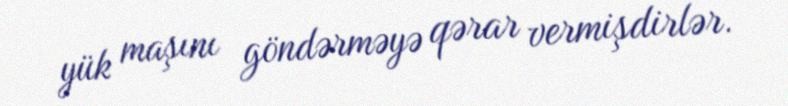
yük maşını göndərməyə qərar vermişdirlər.